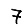
Digit: 7